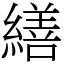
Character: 繕